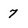
Character: 7